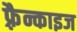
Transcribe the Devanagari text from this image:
फ़्रैन्काइज